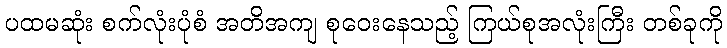
ပထမဆုံး စက်လုံးပုံစံ အတိအကျ စုဝေးနေသည့် ကြယ်စုအလုံးကြီး တစ်ခုကို